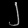
Digit: ၂